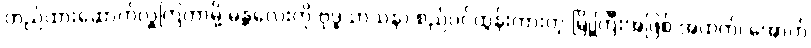
တည်ထားဆောက်လှူကြတာမို့ မန္တလေးကို ဗုဒ္ဓသာသနာ စည်ပင်ထွန်းကားတဲ့ မြို့ကြီးအဖြစ် အထက်၊ အောက်